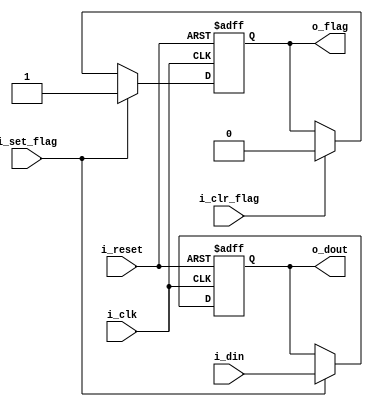
`timescale 1ns / 1ps
module flag_buf
	#(
	parameter W = 8 // # buffer bits
   )
	(
	input		wire				i_clk,
	input		wire				i_reset,
	input 	wire				i_clr_flag,
	input 	wire				i_set_flag,
	input 	wire	[W-1:0] 	i_din,
	output 	wire 				o_flag,
	output 	wire 	[W-1:0] 	o_dout
	);
	
	//signal declaration
	reg [W-1:0] buf_reg, buf_next;
	reg flag_reg, flag_next ;
	
	//body
	//FF & register
	always @(posedge i_clk, posedge i_reset) //ver si esta bien reset
		if(i_reset)
			begin
				buf_reg <=0;
				flag_reg <= 1'b0;
			end
		else
			begin
				buf_reg <= buf_next;
				flag_reg <= flag_next;
			end
	
	//next state logic
	always @(*)
	begin
		buf_next = buf_reg;
		flag_next = flag_reg;
		if (i_set_flag)
			begin
				buf_next = i_din;
				flag_next = 1'b1;
			end
		else if(i_clr_flag)
			flag_next = 1'b0;
	end
	
	//output logic
	assign o_dout = buf_reg;
	assign o_flag = flag_reg;

endmodule